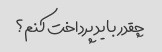
چقدر باید پرداخت کنم؟